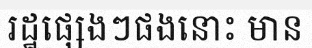
រដ្ឋផ្សេងៗផងនោះ មាន